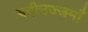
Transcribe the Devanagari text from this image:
बदीउज्जमाँ